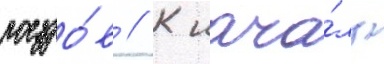
поездо́в // К нача́лу